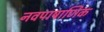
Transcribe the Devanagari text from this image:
नवपाषाणिक